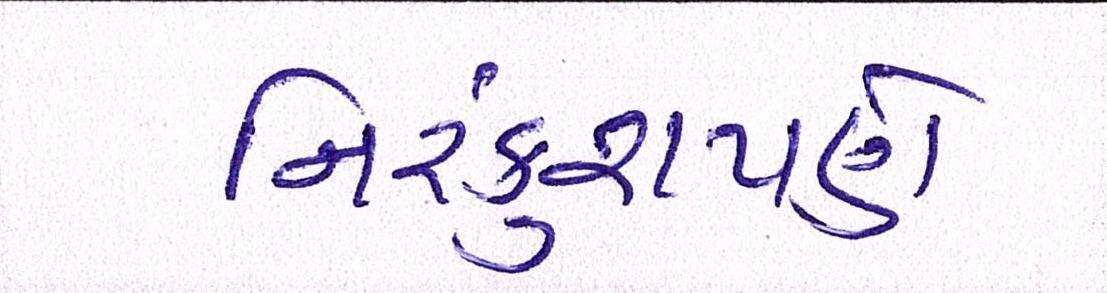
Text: નિરંકુશપણે